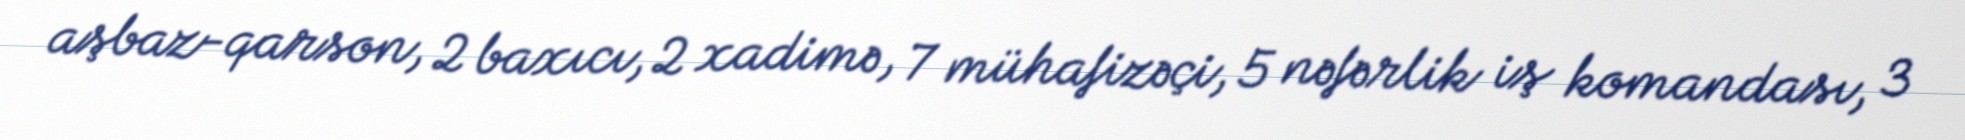
aşbaz-qarson, 2 baxıcı, 2 xadimə, 7 mühafizəçi, 5 nəfərlik iş komandası, 3